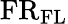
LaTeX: \mathrm{FR}_{\mathrm{FL}}